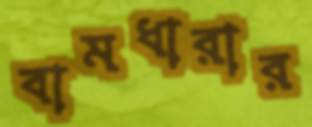
বামধারার